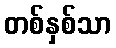
တစ်နှစ်သာ